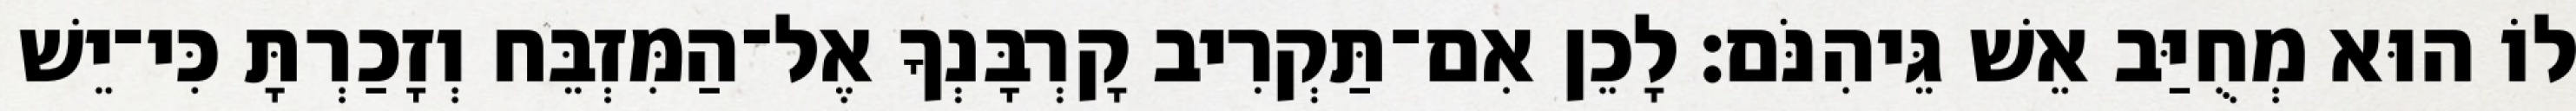
לוֹ הוּא מְחֻיַּב אֵשׁ גֵּיהִנֹּם׃ לָכֵן אִם־תַּקְרִיב קָרְבָּנְךָ אֶל־הַמִּזְבֵּח וְזָכַרְתָּ כִּי־יֵשׁ